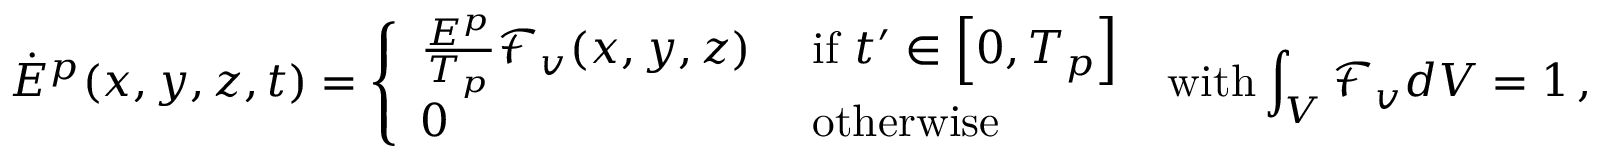
\dot { E } ^ { p } ( x , y , z , t ) = \left\{ \begin{array} { l l } { \frac { E ^ { p } } { T _ { p } } \mathcal { F } _ { v } ( x , y , z ) } & { \mathrm { ~ i f ~ } t ^ { \prime } \in \left[ 0 , T _ { p } \right] } \\ { 0 } & { \mathrm { ~ o t h e r w i s e } } \end{array} \right. \; \mathrm { w i t h } \int _ { V } \mathcal { F } _ { v } d V = 1 \, \mathrm { , }